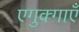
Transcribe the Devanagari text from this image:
एगुक्गाएँ